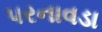
પરનાવડા